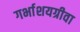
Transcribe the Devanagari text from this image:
गर्भाशयग्रीवा